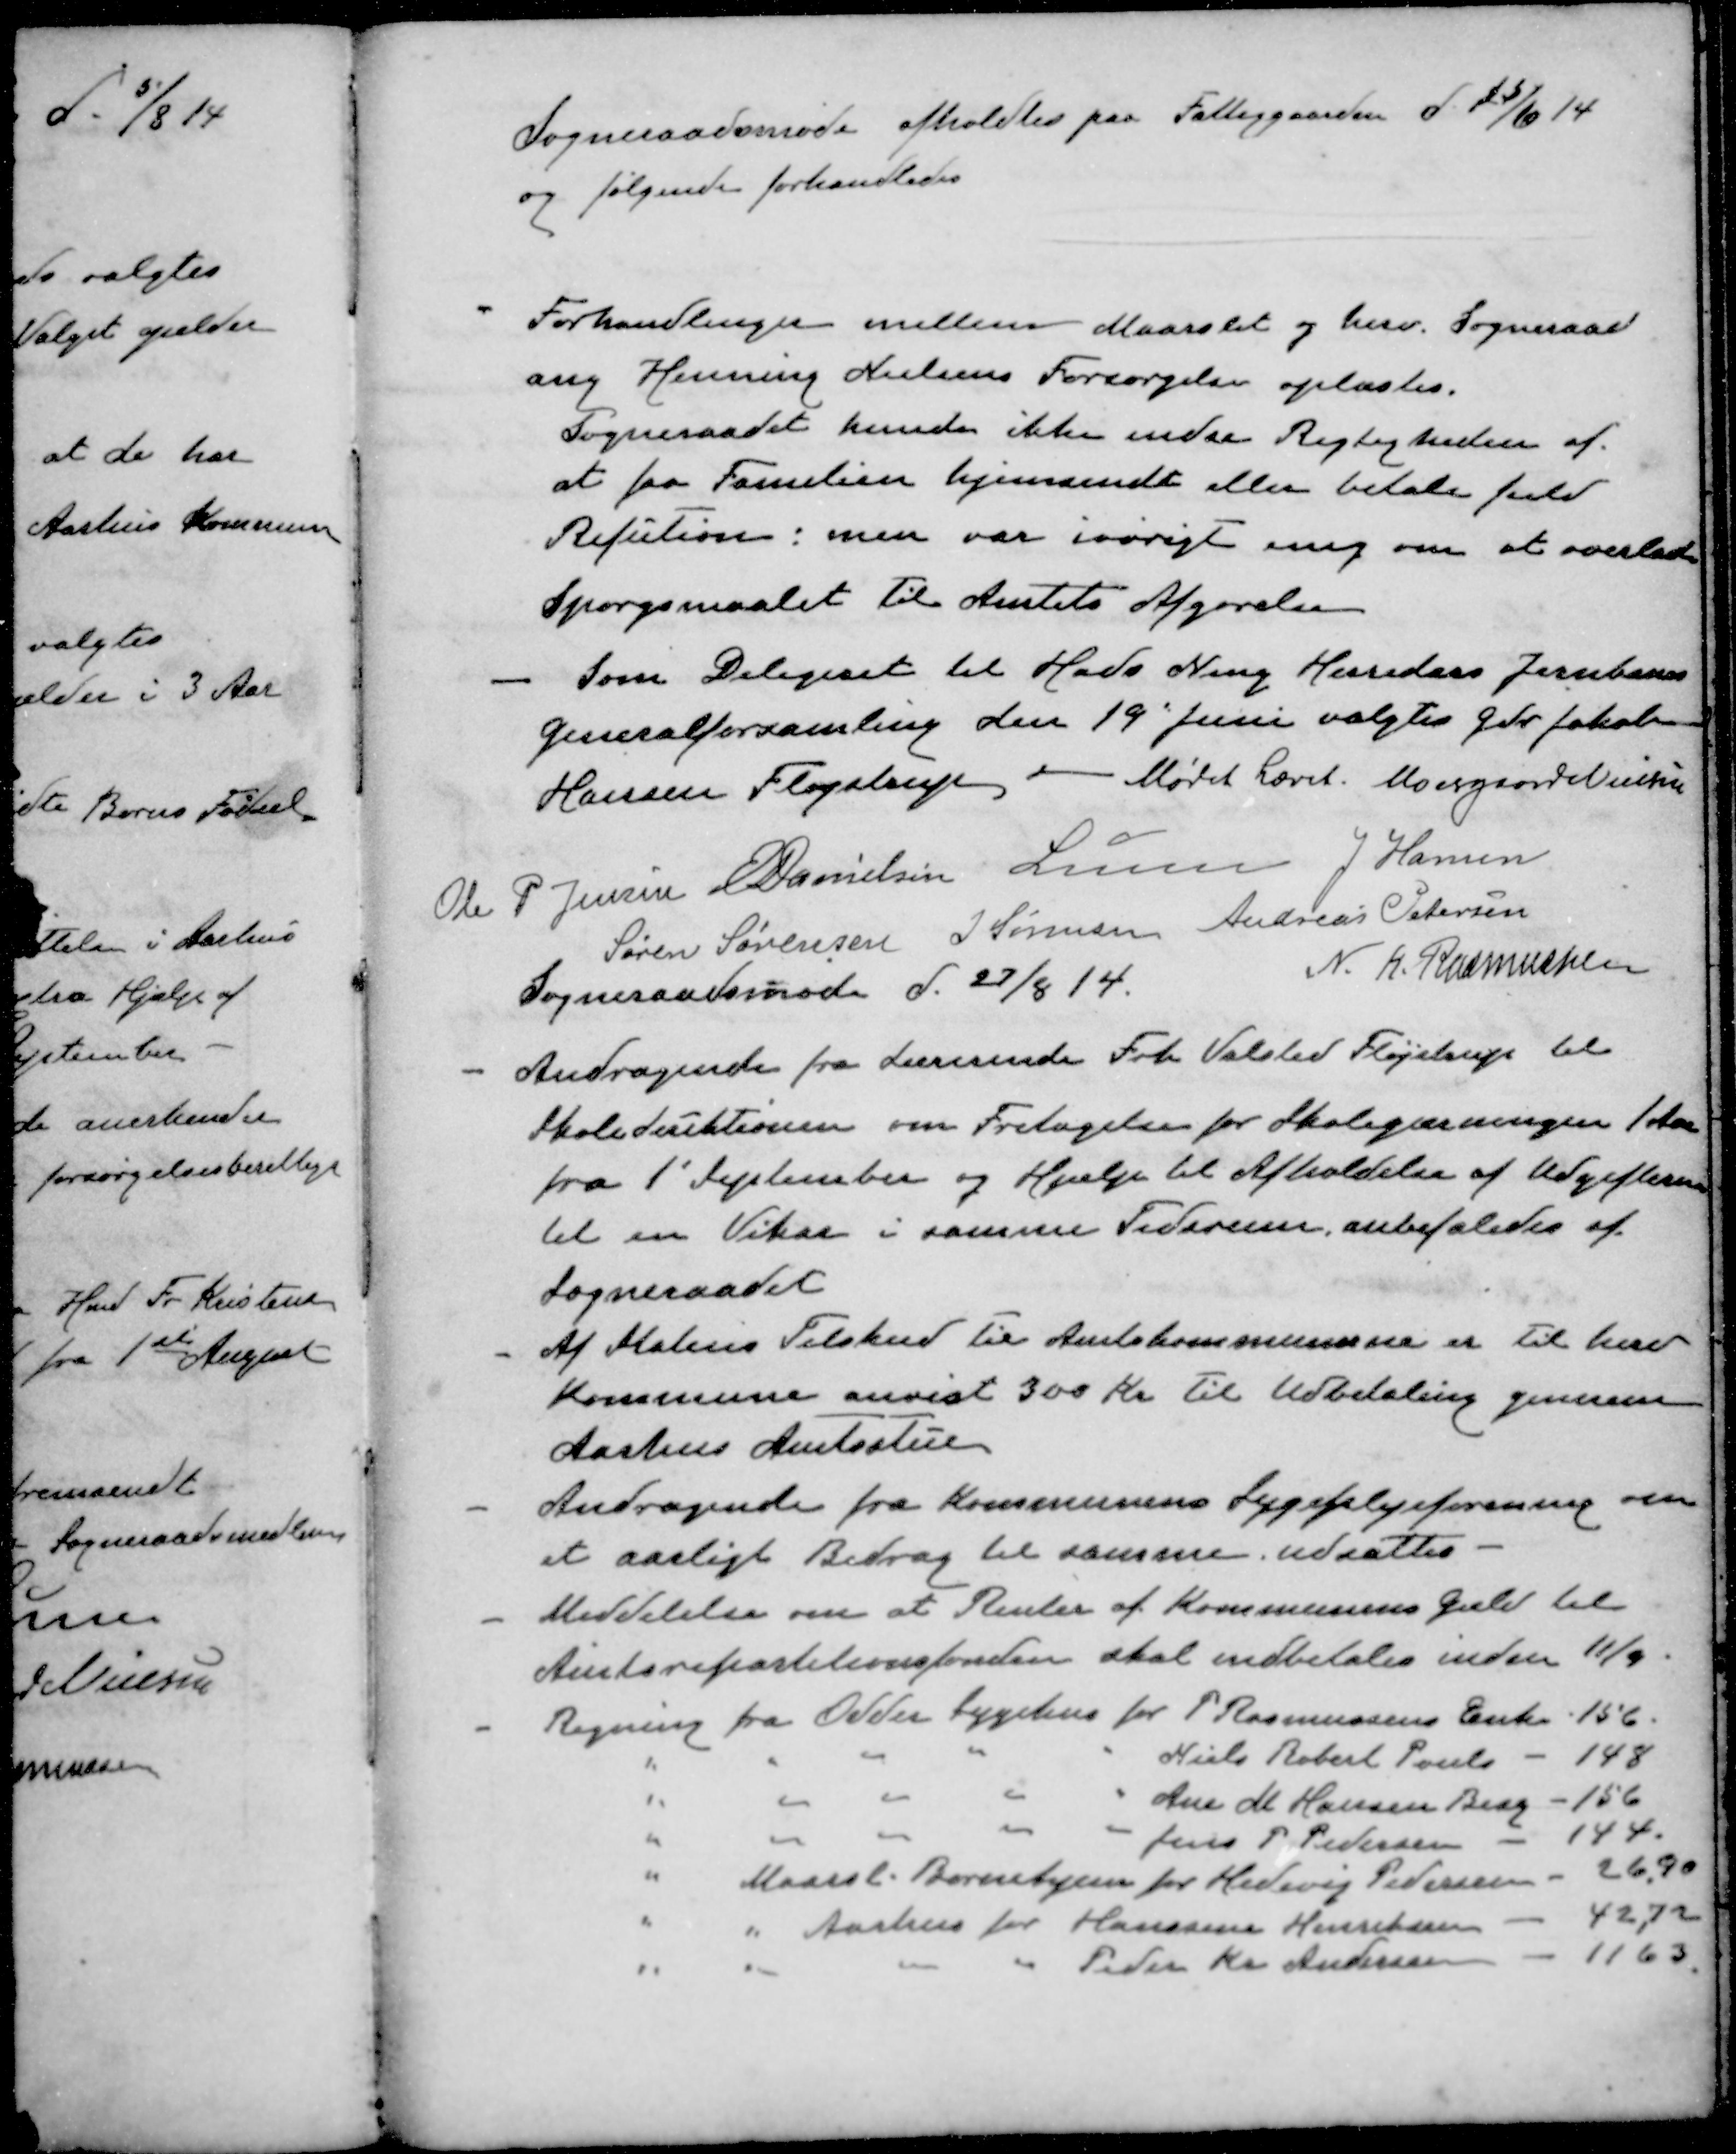
Transskription:
Sogneraadsmøde afholdtes paa Fattiggaarden d. 25/6 14
og følgende forhandledes
- Forhandlinger mellem Maarslet og herv. Sogneraad
ang Henning Nielsens Forsørgelse oplæstes.
Sogneraadet kunde ikke indse Rigtigheden af
at faa Familien hjemsendt eller betale fuld
Refution, men var iøvrigt enig om at overlade
Spørgsmaalet til Amtets Afgørelse
- Som Delegeret til Hads Ning Herreders Jernbanes
Generalforsamling den 19 Juni valgtes Gdr Jakob
Hansen Fløjstrup - Mødet hævet
Moesgaard Nielsen
Ole P Jensen
E Danielsen
Lunn
J Hansen
Søren Sørensen
J Sørensen
Andreas Petersen
N. K. Rasmussen
Sogneraadsmøde d. 27/8 14
- Andragende fra Lærerinde Frk. Valsted Fløjstrup til
Skoledirektionen om Fritagelse for Skolegærningen 1 Aar
fra 1' September og Hjælp til Afholdelse af Udgifterne
til en Vikar i samme Tidsrum anbefaledes af
Sogneraadet
- Af Statens Tilskud til Amtskommunerne er til herv
Kommune anvist 300 Kr til Udbetaling gennem
Aarhus Amtsstue
- Andragende fra Kommunens Sygeplejeforening om
et aarligt Bidrag til samme udsættes
- Meddelelse om at Renter af Kommunens Gæld til
Amtsrepartitionsfonden skal indbetales inden 11/9
- Regning fra Odder Sygehus for P Rasmussens Enke 156.
" " " " " Niels Robert Pouls - 148
" " " " " Ane M Hansen Berg - 156
" " " " " Jens P Pedersen - 144.
" Maarsl Børnehjem for Hedevig Pedersen - 26,90
" " Aarhus for Hanssine Henriksen - 42,72
" " " " Peder Kr. Andersen - 11 63.